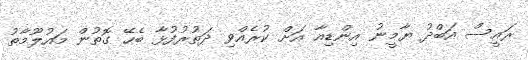
ރައީސް އަބްދު ޔާމީނު އިންޑިއާ އަށް ކުރެއްވި ދަތުރުފުޅާ ބެހޭ ގޮތުން މައުލޫމާތު